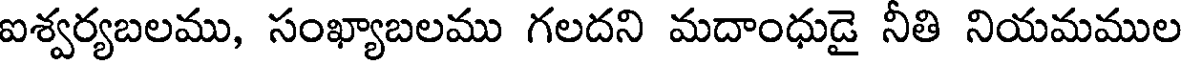
ఐశ్వర్యబలము, సంఖ్యాబలము గలదని మదాంధుడై నీతి నియమముల